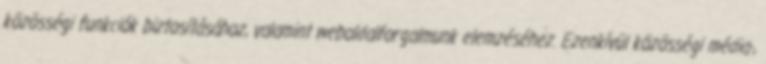
közösségi funkciók biztosításához, valamint weboldalforgalmunk elemzéséhez. Ezenkívül közösségi média-,